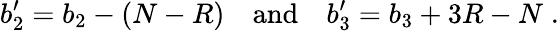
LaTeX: b_{2}^{\prime}=b_{2}-(N-R)\quad\mathrm{and}\quad b_{3}^{\prime}=b_{3}+3R-N\; .